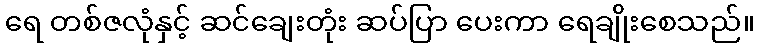
ရေ တစ်ဇလုံနှင့် ဆင်ချေးတုံး ဆပ်ပြာ ပေးကာ ရေချိုးစေသည်။